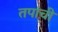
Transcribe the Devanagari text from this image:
तपाची